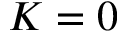
K = 0